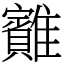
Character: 䨈